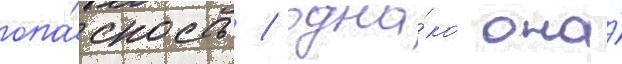
опа́сность / одна́ко она́